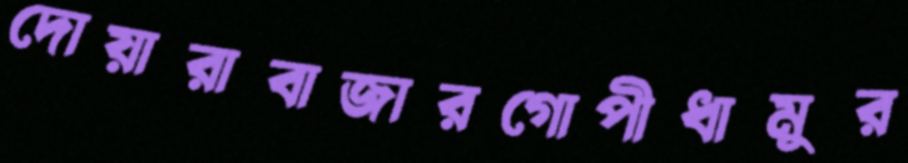
দোয়ারাবাজারগোপীধামুর